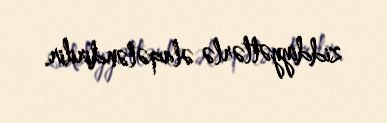
ziddiyyətlərlə əlaqələndirilir.